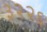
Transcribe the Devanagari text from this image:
३२२६